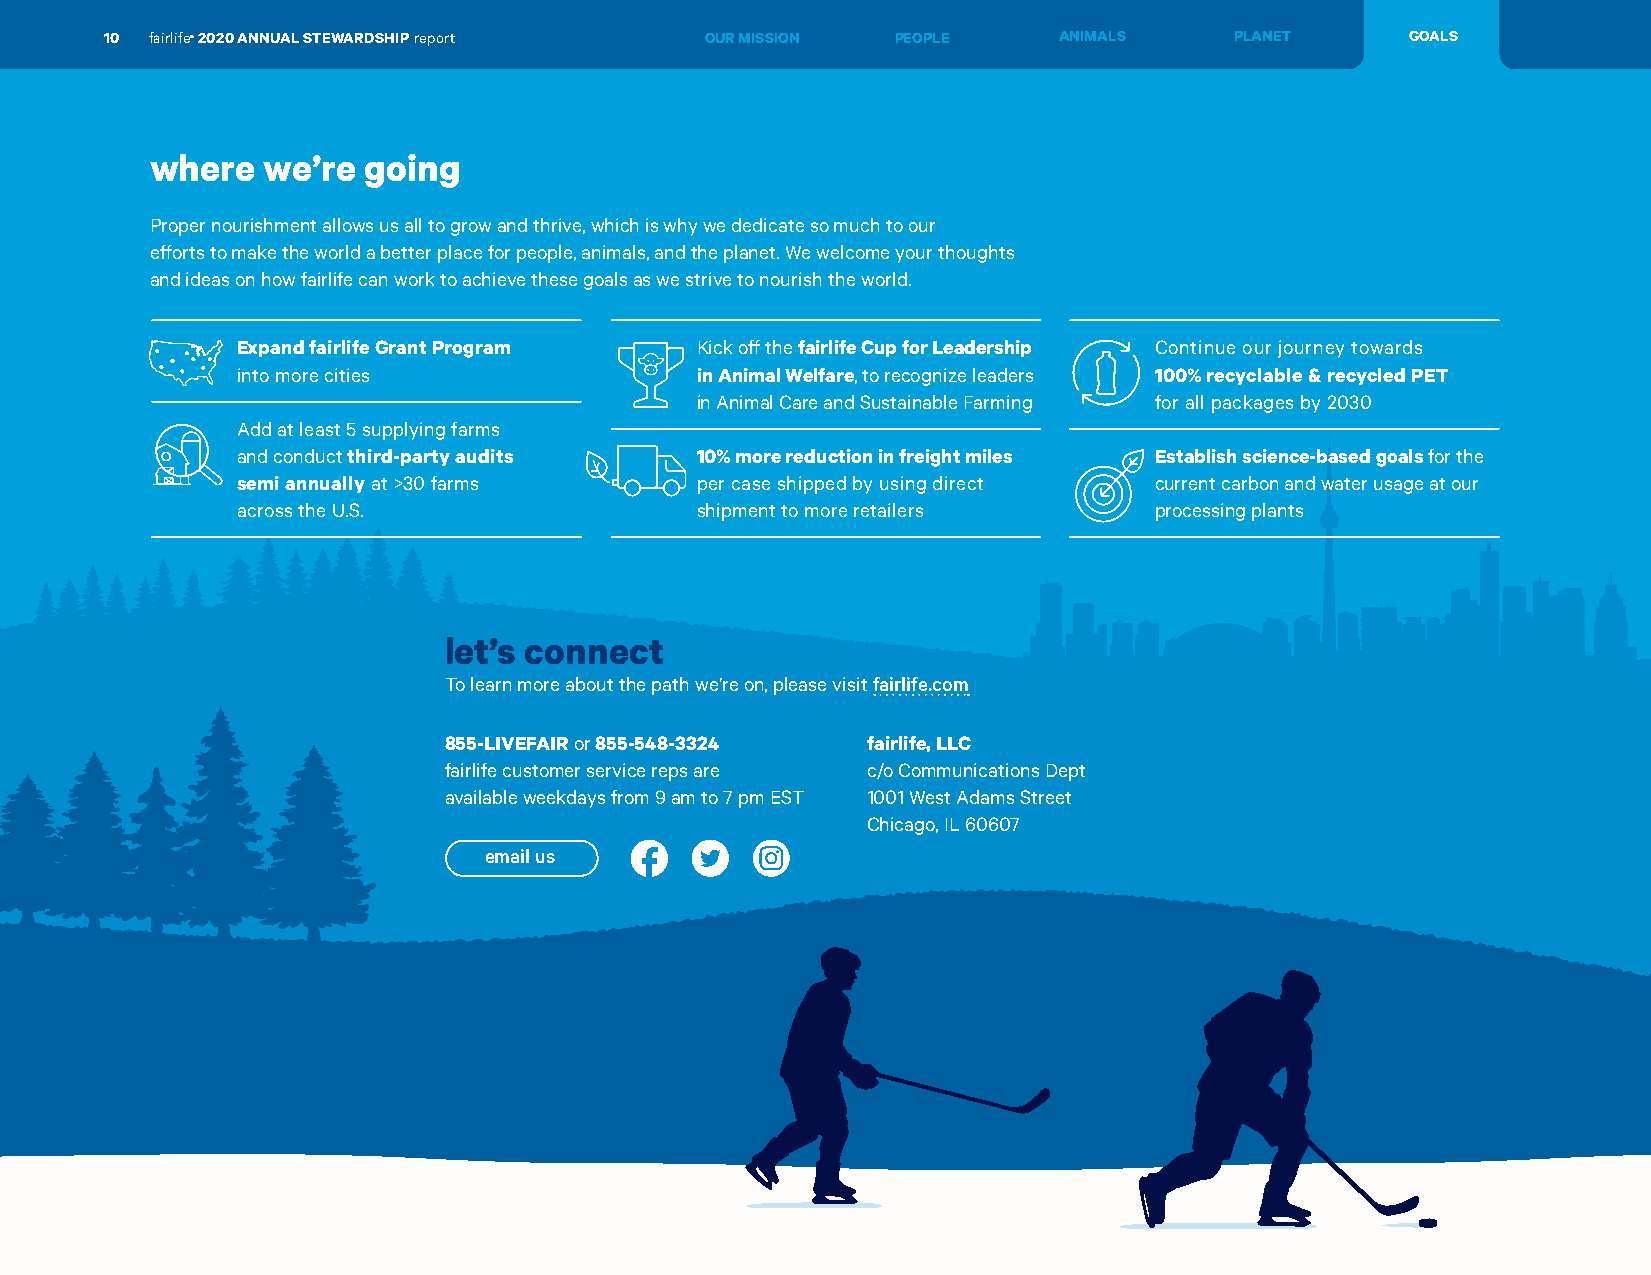
10 fairlife® 2020 ANNUAL STEWARDSHIP report OUR MISSION PEOPLE ANIMALS     PLANET     GOALS
 where  we’re  going
 Proper nourishment allows us all to grow and thrive, which is why we dedicate so much to our
 efforts to make the world a better place for people, animals, and the planet. We welcome your thoughts
 and ideas on how fairlife can work to achieve these goals as we strive to nourish the world.
 Expand fairlife Grant Program Kick off the fairlife Cup for Leadership Continue our journey towards
 into more cities              in Animal Welfare, to recognize leaders 100% recyclable & recycled PET
 in Animal Care and Sustainable Farming for all packages by 2030
 Add at least 5 supplying farms
 and conduct third-party audits 10% more reduction in freight miles Establish science-based goals for the
 semi annually at >30 farms    per case shipped by using direct current carbon and water usage at our
 across the U.S.               shipment to more retailers    processing plants
 let’s connect
 To learn more about the path we’re on, please visit fairlife.com
 855-LIVEFAIR or 855-548-3324 fairlife, LLC
 fairlife customer service reps are c/o Communications Dept
 available weekdays from 9 am to 7 pm EST 1001 West Adams Street
 Chicago, IL 60607
 email us